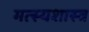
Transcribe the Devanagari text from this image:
मत्स्यशास्त्र